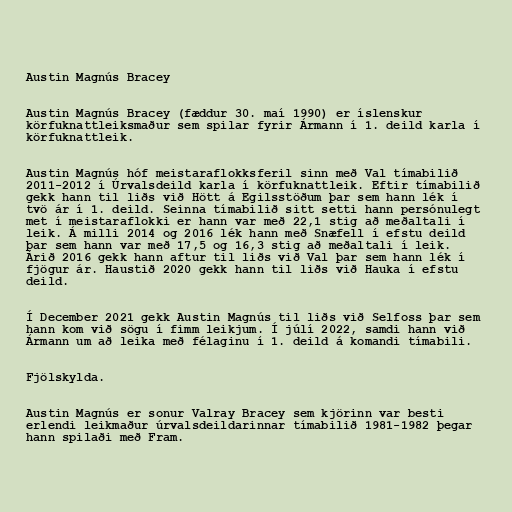
Austin Magnús Bracey

Austin Magnús Bracey (fæddur 30. maí 1990) er íslenskur
körfuknattleiksmaður sem spilar fyrir Ármann í 1. deild karla í
körfuknattleik.

Austin Magnús hóf meistaraflokksferil sinn með Val tímabilið
2011-2012 í Úrvalsdeild karla í körfuknattleik. Eftir tímabilið
gekk hann til liðs við Hött á Egilsstöðum þar sem hann lék í
tvö ár í 1. deild. Seinna tímabilið sitt setti hann persónulegt
met í meistaraflokki er hann var með 22,1 stig að meðaltali í
leik. Á milli 2014 og 2016 lék hann með Snæfell í efstu deild
þar sem hann var með 17,5 og 16,3 stig að meðaltali í leik.
Árið 2016 gekk hann aftur til liðs við Val þar sem hann lék í
fjögur ár. Haustið 2020 gekk hann til liðs við Hauka í efstu
deild.

Í December 2021 gekk Austin Magnús til liðs við Selfoss þar sem
hann kom við sögu í fimm leikjum. Í júlí 2022, samdi hann við
Ármann um að leika með félaginu í 1. deild á komandi tímabili.

Fjölskylda.

Austin Magnús er sonur Valray Bracey sem kjörinn var besti
erlendi leikmaður úrvalsdeildarinnar tímabilið 1981-1982 þegar
hann spilaði með Fram.